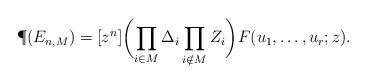
LaTeX: \begin{align*} \P(E_{n,M})=[z^n]\biggl(\prod_{i\in M}\Delta_i\prod_{i\notin M}Z_i\biggr) F(u_1,\ldots, u_r; z).\end{align*}